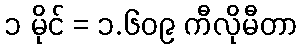
၁ မိုင် = ၁.၆၀၉ ကီလိုမီတာ